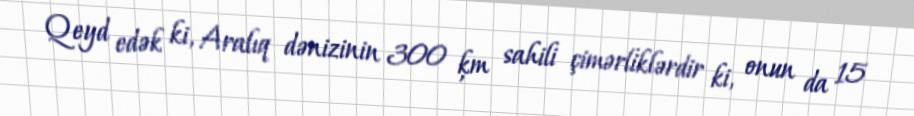
Qeyd edək ki, Aralıq dənizinin 300 ķm sahili çimərliklərdir ki, onun da 15